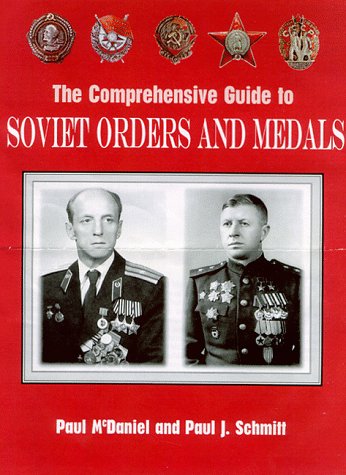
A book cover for The Comprehensive Guide to Soviet Orders and Medals; Paul D., Jr. McDaniel; Crafts, Hobbies & Home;